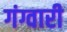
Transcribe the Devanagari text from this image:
गंग्वारी